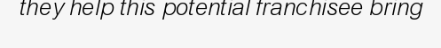
they help this potential franchisee bring